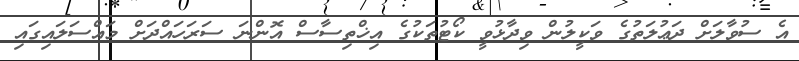
އެ ސުވާލަށް ދަޢުލަތުގެ ވަކީލުން ވިދާޅުވީ ކޯޓުތަކުގެ އިޚްތިސާސް އޮންނަ ސަރަހައްދަށް މައްސަލައިގައި